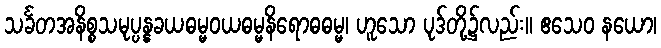
သင်္ခတအနိစ္စသမုပ္ပန္နခယဓမ္မဝယဓမ္မနိရောဓဓမ္မ၊ ဟူသော ပုဒ်တို့၌လည်း။ ဧသေဝ နယော၊